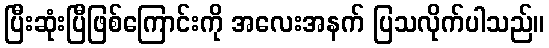
ပြီးဆုံးပြီဖြစ်ကြောင်းကို အလေးအနက် ပြသလိုက်ပါသည်။